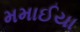
મમાઈયા